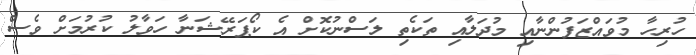
ހުރިހާ މުވައްޒަފުންނާއި މުދަލާއި ތަކެތި ލަސްނުކޮށް އެ ކޯޕަރޭޝަނާ ހަވާލު ކުރުމަށް ވެސް